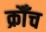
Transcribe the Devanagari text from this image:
क्रौँच